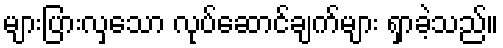
များပြားလှသော လုပ်ဆောင်ချက်များ ရှာခဲ့သည်။